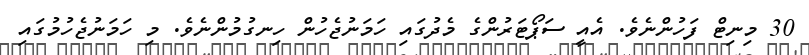
30 މިނިޓް ފަހުންނެވެ. އެއީ ސަޕޯޓަރުންގެ މެދުގައި ހަމަނުޖެހުން ހިނގުމުންނެވެ. މި ހަމަނުޖެހުމުގައި